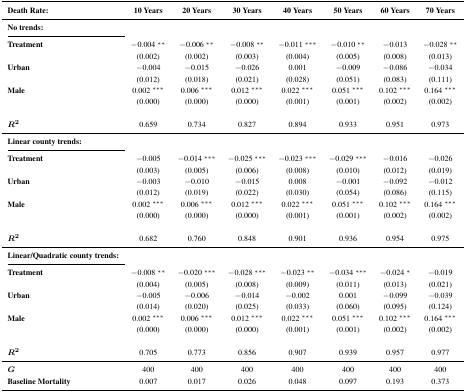
<table><thead><tr><td><b>Death Rate:</b></td><td><b>10 Years</b></td><td><b>20 Years</b></td><td><b>30 Years</b></td><td><b>40 Years</b></td><td><b>50 Years</b></td><td><b>60 Years</b></td><td><b>70 Years</b></td></tr></thead><tbody><tr><td><b>No trends:</b></td><td></td><td></td><td></td><td></td><td></td><td></td><td></td></tr><tr><td><b>Treatment</b></td><td>−0.004*</td><td>−0.006*</td><td>−0.008*</td><td>−0.011**</td><td>−0.010*</td><td>−0.013</td><td>−0.028*</td></tr><tr><td></td><td>(0.002)</td><td>(0.002)</td><td>(0.003)</td><td>(0.004)</td><td>(0.005)</td><td>(0.008)</td><td>(0.013)</td></tr><tr><td><b>Urban</b></td><td>−0.004</td><td>−0.015</td><td>−0.026</td><td>0.001</td><td>−0.009</td><td>−0.086</td><td>−0.034</td></tr><tr><td></td><td>(0.012)</td><td>(0.018)</td><td>(0.021)</td><td>(0.028)</td><td>(0.051)</td><td>(0.083)</td><td>(0.111)</td></tr><tr><td><b>Male</b></td><td>0.002**</td><td>0.006**</td><td>0.012**</td><td>0.022**</td><td>0.051**</td><td>0.102**</td><td>0.164**</td></tr><tr><td></td><td>(0.000)</td><td>(0.000)</td><td>(0.000)</td><td>(0.001)</td><td>(0.001)</td><td>(0.002)</td><td>(0.002)</td></tr><tr><td><b><i>R<sup>2</sup></i></b></td><td>0.659</td><td>0.734</td><td>0.827</td><td>0.894</td><td>0.933</td><td>0.951</td><td>0.973</td></tr><tr><td><b>Linear county trends:</b></td><td></td><td></td><td></td><td></td><td></td><td></td><td></td></tr><tr><td><b>Treatment</b></td><td>−0.005</td><td>−0.014**</td><td>−0.025**</td><td>−0.023**</td><td>−0.029**</td><td>−0.016</td><td>−0.026</td></tr><tr><td></td><td>(0.003)</td><td>(0.005)</td><td>(0.006)</td><td>(0.008)</td><td>(0.010)</td><td>(0.012)</td><td>(0.019)</td></tr><tr><td><b>Urban</b></td><td>−0.003</td><td>−0.010</td><td>−0.015</td><td>0.008</td><td>−0.001</td><td>−0.092</td><td>−0.012</td></tr><tr><td></td><td>(0.012)</td><td>(0.019)</td><td>(0.022)</td><td>(0.030)</td><td>(0.054)</td><td>(0.086)</td><td>(0.115)</td></tr><tr><td><b>Male</b></td><td>0.002**</td><td>0.006**</td><td>0.012**</td><td>0.022**</td><td>0.051**</td><td>0.102**</td><td>0.164**</td></tr><tr><td></td><td>(0.000)</td><td>(0.000)</td><td>(0.000)</td><td>(0.001)</td><td>(0.001)</td><td>(0.002)</td><td>(0.002)</td></tr><tr><td><b><i>R<sup>2</sup></i></b></td><td>0.682</td><td>0.760</td><td>0.848</td><td>0.901</td><td>0.936</td><td>0.954</td><td>0.975</td></tr><tr><td><b>Linear/Quadratic county trends:</b></td><td></td><td></td><td></td><td></td><td></td><td></td><td></td></tr><tr><td><b>Treatment</b></td><td>−0.008*</td><td>−0.020**</td><td>−0.028**</td><td>−0.023*</td><td>−0.034**</td><td>−0.024</td><td>−0.019</td></tr><tr><td></td><td>(0.004)</td><td>(0.005)</td><td>(0.008)</td><td>(0.009)</td><td>(0.011)</td><td>(0.013)</td><td>(0.021)</td></tr><tr><td><b>Urban</b></td><td>−0.005</td><td>−0.006</td><td>−0.014</td><td>−0.002</td><td>0.001</td><td>−0.099</td><td>−0.039</td></tr><tr><td></td><td>(0.014)</td><td>(0.020)</td><td>(0.025)</td><td>(0.033)</td><td>(0.060)</td><td>(0.095)</td><td>(0.124)</td></tr><tr><td><b>Male</b></td><td>0.002**</td><td>0.006**</td><td>0.012**</td><td>0.022**</td><td>0.051**</td><td>0.102**</td><td>0.164**</td></tr><tr><td></td><td>(0.000)</td><td>(0.000)</td><td>(0.000)</td><td>(0.001)</td><td>(0.001)</td><td>(0.002)</td><td>(0.002)</td></tr><tr><td><b><i>R<sup>2</sup></i></b></td><td>0.705</td><td>0.773</td><td>0.856</td><td>0.907</td><td>0.939</td><td>0.957</td><td>0.977</td></tr><tr><td><b><i>G</i></b></td><td>400</td><td>400</td><td>400</td><td>400</td><td>400</td><td>400</td><td>400</td></tr><tr><td><b>Baseline Mortality</b></td><td>0.007</td><td>0.017</td><td>0.026</td><td>0.048</td><td>0.097</td><td>0.193</td><td>0.373</td></tr></tbody></table>